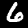
Digit: 6